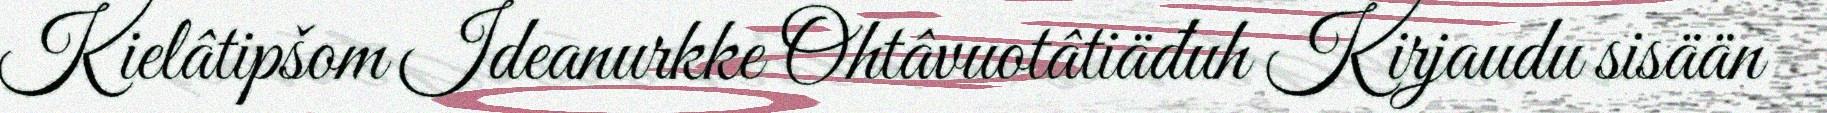
Kielâtipšom Ideanurkke Ohtâvuotâtiäđuh Kirjaudu sisään